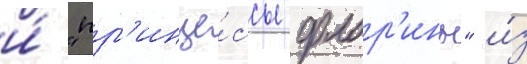
и́ "пр'инце́ссы флор'ины" и́з